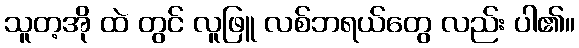
သူတ့အို ထဲ တွင် လူဖြူ လစ်ဘရယ်တွေ လည်း ပါ၏။